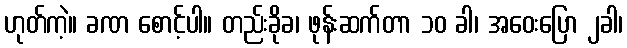
ဟုတ်ကဲ့။ ခဏ စောင့်ပါ။ တည်းခိုခ၊ ဖုန်းဆက်တာ ၁၀ ခါ၊ အဝေးပြော ၂ခါ၊